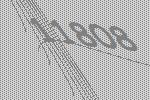
11808